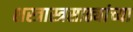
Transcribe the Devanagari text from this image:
शस्त्रास्त्रसाठ्यांच्या